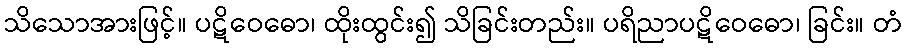
သိသောအားဖြင့်။ ပဋိဝေဓော၊ ထိုးထွင်း၍ သိခြင်းတည်း။ ပရိညာပဋိဝေဓော၊ ခြင်း။ တံ